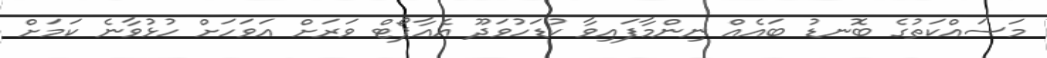
މަސައްކަތުގެ ބޮނޑު ބައެއް ނިންމާފައިވާ ކުޑަހުވަދޫ އެއާޕޯޓް ވަރަށް އަވަހަށް ހުޅުވާނެ ކަމަށް